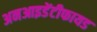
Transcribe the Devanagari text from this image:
अनआइडेंटीफायड